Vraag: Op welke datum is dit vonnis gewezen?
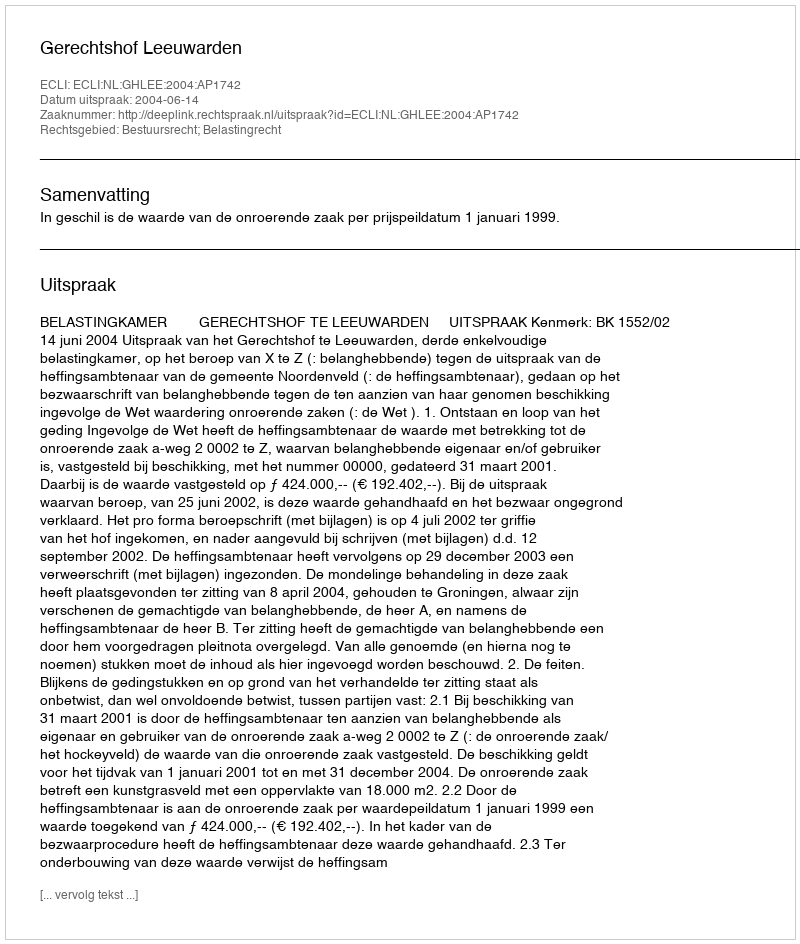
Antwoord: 2004-06-14